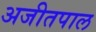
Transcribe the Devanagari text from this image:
अजीतपाल